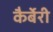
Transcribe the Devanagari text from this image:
कैर्बेरी